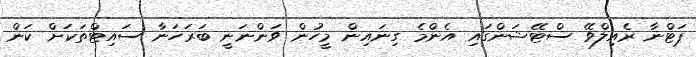
ޕަޓްނާ ރެއިލްވޭ ސްޓޭޝަންގައި އެންމެ ގިނައިން މީހުން ވަންނަނީ ބަރަހަނާ ސައިޓްތަކަށް ކަން